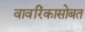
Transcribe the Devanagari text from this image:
वावरिंकासोबत